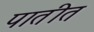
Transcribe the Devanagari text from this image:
पातीत